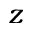
z